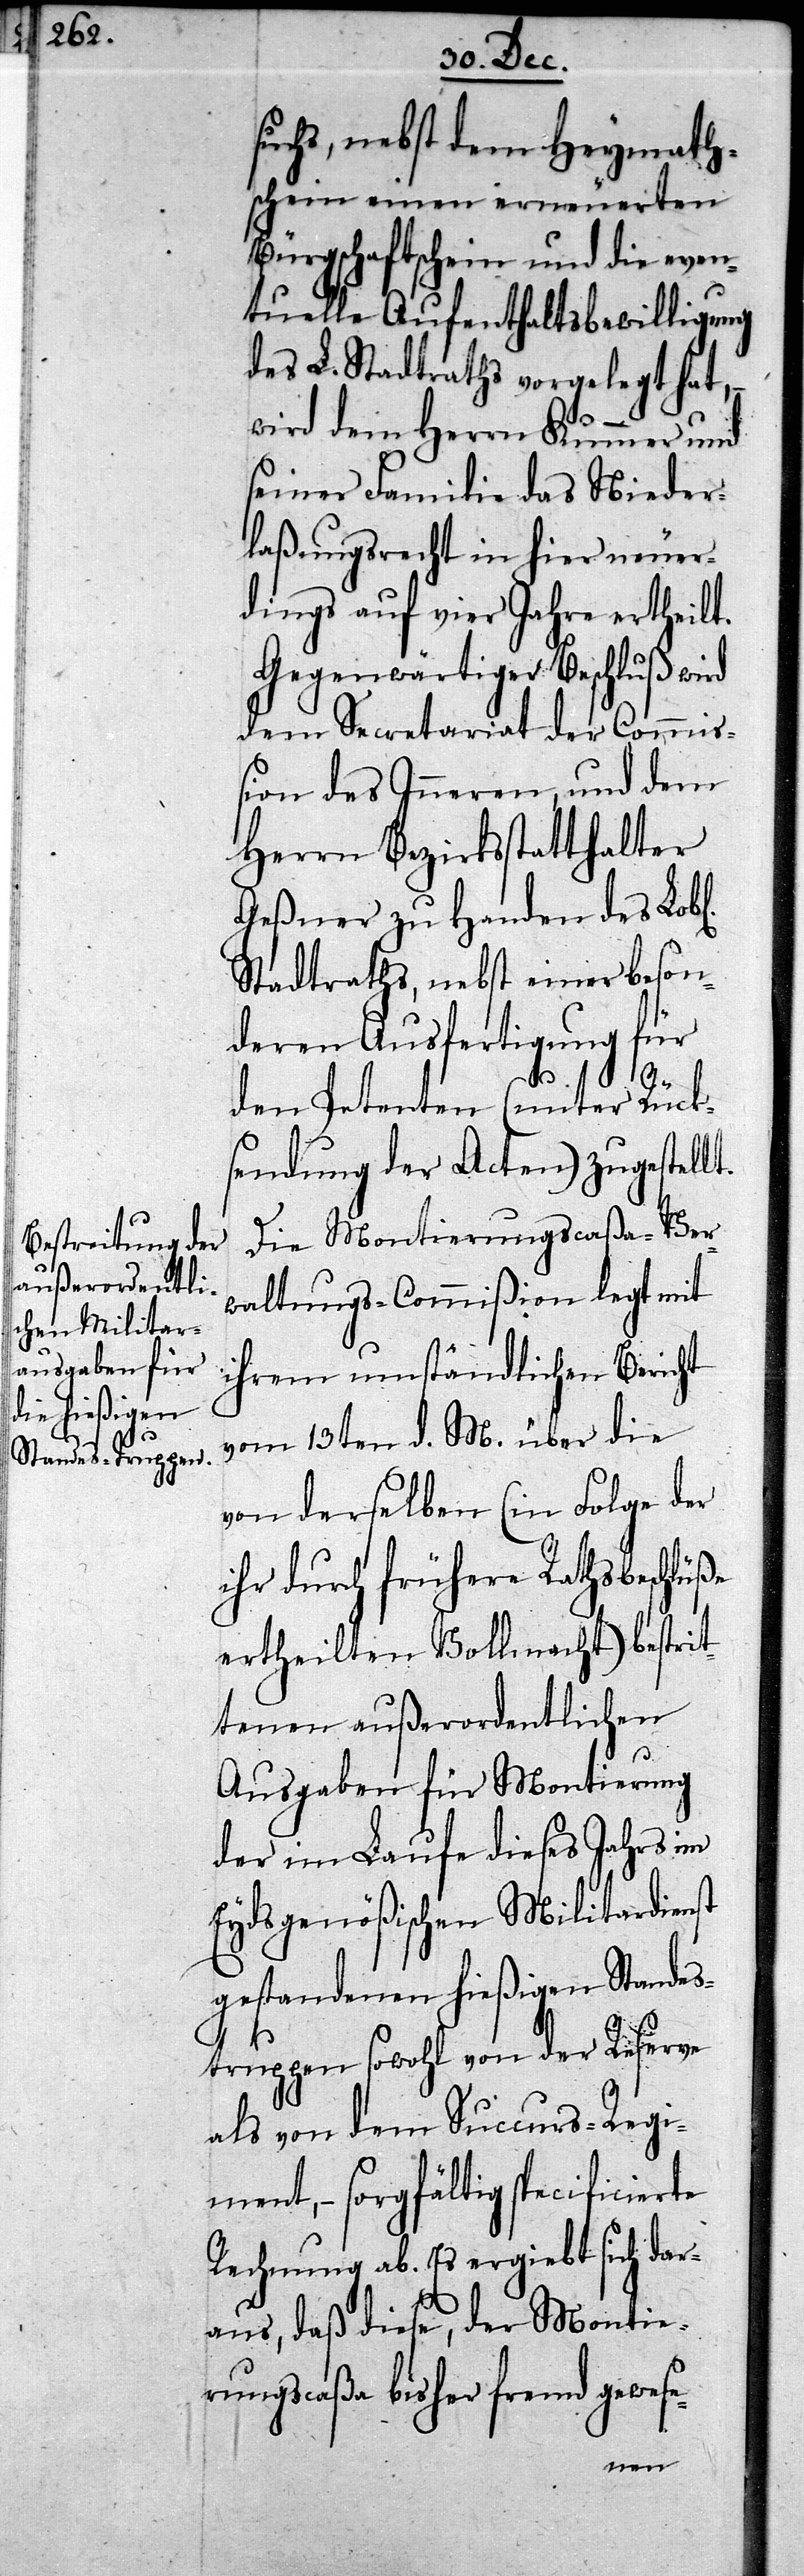
suchs, nebst dem Heymath¬
schein einen erneuerten
Bürgschaftschein und die even¬
tuelle Aufenthaltsbewilligung
des L. Stadtraths vorgelegt hat,
wird dem Herrn Kummer und
seiner Familie das Nieder¬
laßungsrecht in hier neuer¬
dings auf vier Jahre ertheilt.
Gegenwärtiger Beschluß wird
dem Secretariat der Commi¬
ßion des Inneren, und dem
Herrn Bezirksstatthalter
Geßner zu Handen des Lobl.
Stadtraths, nebst einer beson¬
deren Ausfertigung für
den Petenten (unter Rück¬
sendung der Acten) zugestellt.
Die Montierungscaßa-Ver¬
waltungs-Commißion legt mit
ihrem umständlichen Bericht
vom 13.ten d. M. über die
von derselben (in Folge der
ihr durch frühere Rathsbeschlüße
ertheilten Vollmacht) bestrit¬
tenen außerordentlichen
Ausgaben für Montierung
der im Laufe dieses Jahres im
Eydsgenößischen Militardienst
gestandenen hießigen Standes¬
truppen sowohl von der Reserve
als von dem Succurs-Regi¬
ment, – sorgfältig specificierte
Rechnung ab. Es ergiebt sich dar¬
aus, daß diese, der Montie¬
rungscaßa bisher fremd gewese-